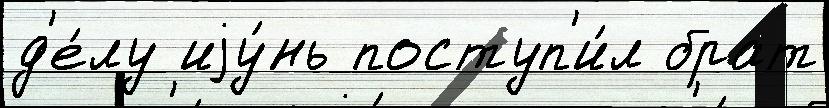
д'е́лу иjу́нь поступ'и́л брат